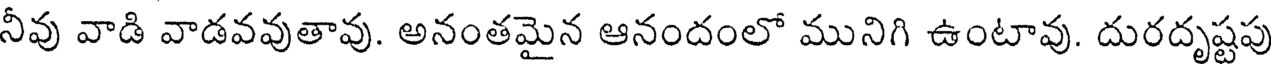
నీవు వాడి వాడవవుతావు. అనంతమైన ఆనందంలో మునిగి ఉంటావు. దురదృష్టపు